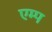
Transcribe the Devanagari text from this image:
एम्प